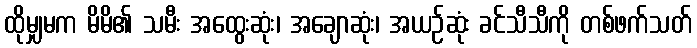
ထိုမျှမက မိမိ၏ သမီး အထွေးဆုံး၊ အချောဆုံး၊ အယဉ်ဆုံး ခင်သီသီကို တစ်ဖက်သတ်